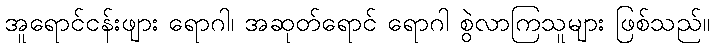
အူရောင်ငန်းဖျား ရောဂါ၊ အဆုတ်ရောင် ရောဂါ စွဲလာကြသူများ ဖြစ်သည်။